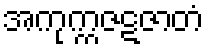
အကုက္ကဇဋဇာတံ